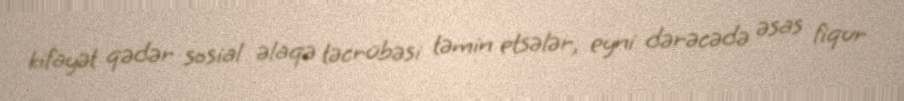
kifayət qədər sosial əlaqə təcrübəsi təmin etsələr, eyni dərəcədə əsas fiqur